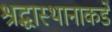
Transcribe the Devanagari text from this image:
श्रद्धास्थानाकडे